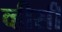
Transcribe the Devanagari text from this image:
व्हीसी